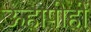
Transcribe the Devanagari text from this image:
ऊहापोहों